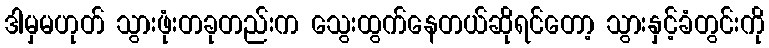
ဒါမှမဟုတ် သွားဖုံးတခုတည်းက သွေးထွက်နေတယ်ဆိုရင်တော့ သွားနှင့်ခံတွင်းကို